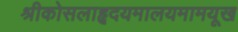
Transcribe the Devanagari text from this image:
श्रीकोसलाहृदयमालयमामयूख